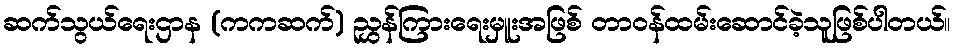
ဆက်သွယ်ရေးဌာန (ကကဆက်) ညွှန်ကြားရေးမှူးအဖြစ် တာဝန်ထမ်းဆောင်ခဲ့သူဖြစ်ပါတယ်။